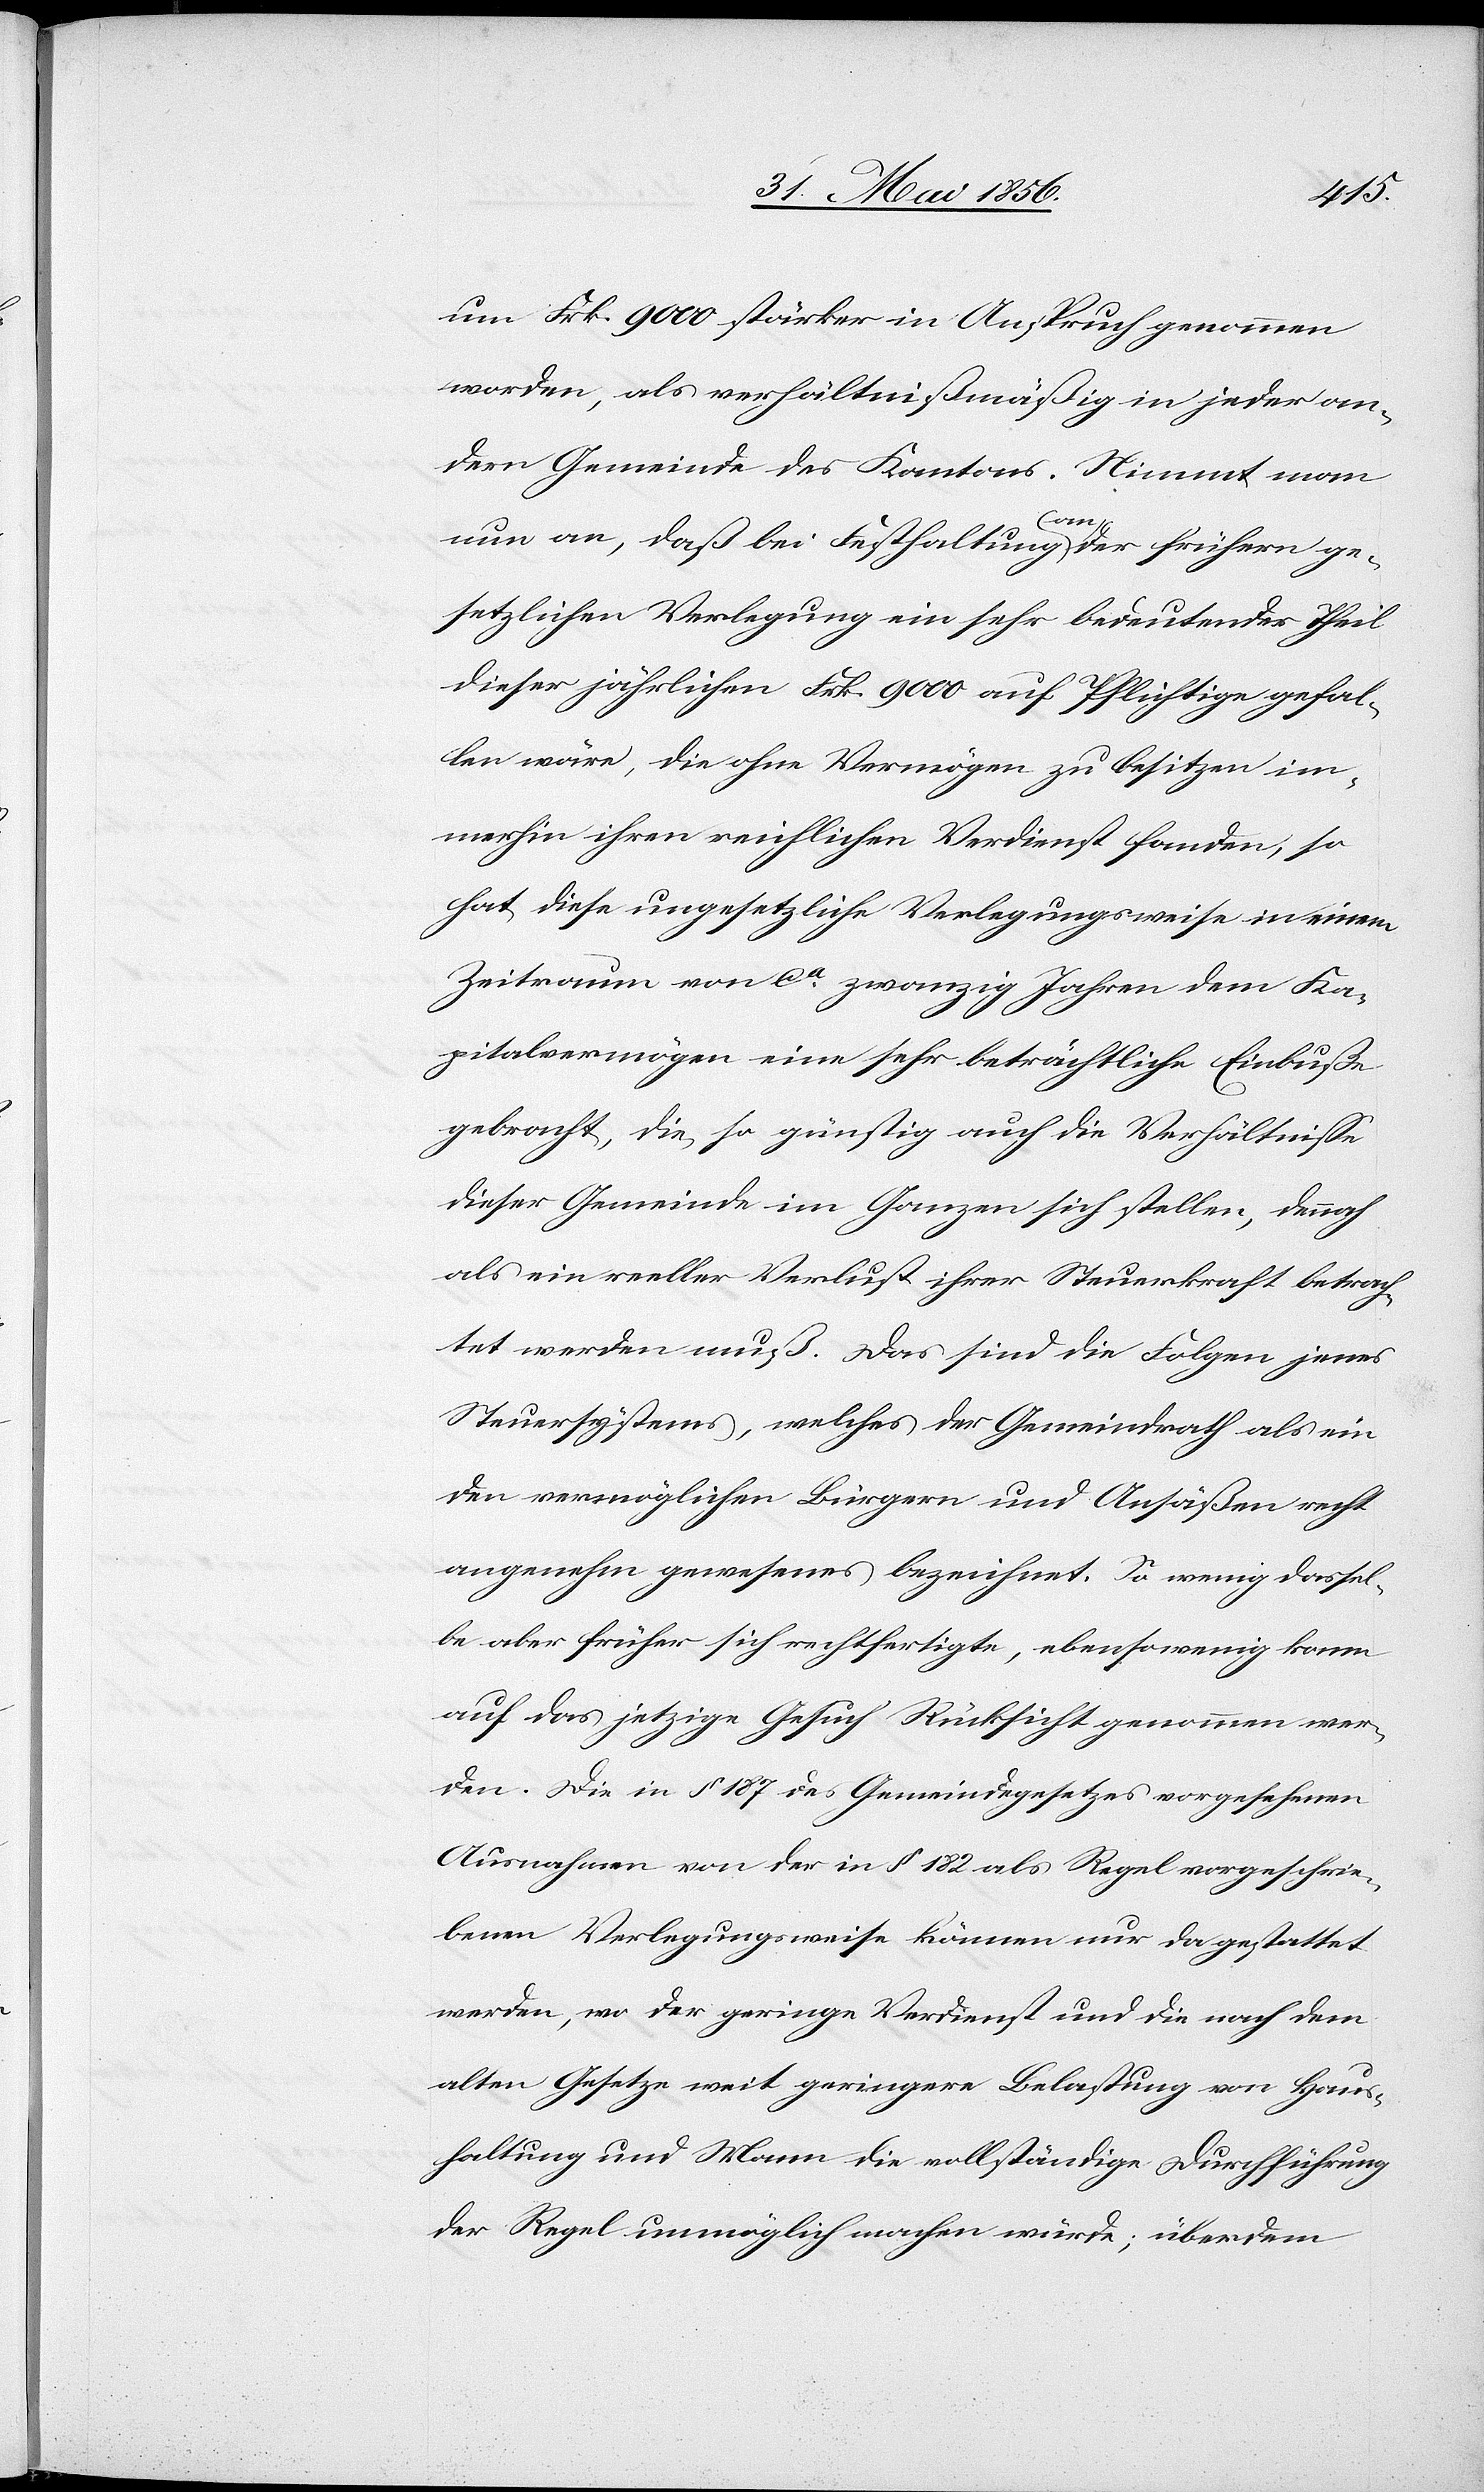
um Frk. 9000 stärker in Anspruch genommen
worden, als verhältnißmäßig in jeder an¬
dern Gemeinde des Kantons. Nimmt man
nun an, daß bei Festhaltung a-an-a der frühern ge¬
setzlichen Verlegung ein sehr bedeutender Theil
dieser jährlichen Frk. 9000 auf Pflichtige gefal¬
len wäre, die ohne Vermögen zu besitzen im¬
merhin ihren reichlichen Verdienst fanden, so
hat diese ungesetzliche Verlegungsweise in einem
Zeitraum von ca zwanzig Jahren dem Ka¬
pitalvermögen eine sehr beträchtliche Einbuße
gebracht, die, so günstig auch die Verhältnisse
dieser Gemeinde im Ganzen sich stellen, dennoch
als ein reeller Verlust ihrer Steuerkraft betrach¬
tet werden muß. Das sind die Folgen jenes
Steuersystems, welches der Gemeindrath als ein
den vermöglichen Bürgern und Ansäßen recht
angenehm gewesenes bezeichnet. So wenig dassel¬
be aber früher sich rechtfertigte, ebensowenig kann
auf das jetzige Gesuch Rücksicht genommen wer¬
den. Die in § 187 des Gemeindegesetzes vorgesehenen
Ausnahmen von der in § 182 als Regel vorgeschrie¬
benen Verlegungsweise können nur da gestattet
werden, wo der geringe Verdienst und die nach dem
alten Gesetze weit geringere Belastung von Haus¬
haltung und Mann die vollständige Durchführung
der Regel unmöglich machen würde; überdem